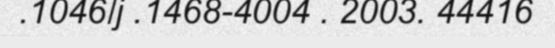
.1046/j .1468-4004 . 2003. 44416